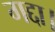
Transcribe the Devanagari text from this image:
गद्दा।